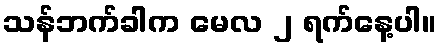
သန်ဘက်ခါက မေလ ၂ ရက်နေ့ပါ။